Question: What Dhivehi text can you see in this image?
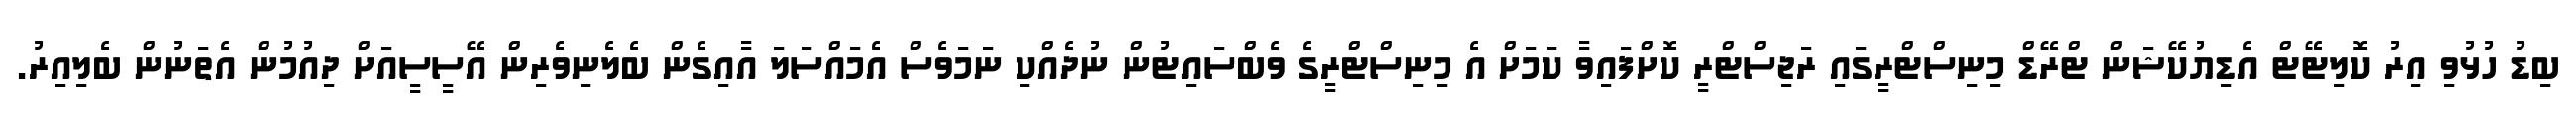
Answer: ބިޑު ހުޅުވި އިރު ކޮލިޓޭޓް އެޑިޔުކޭޝަން ޓްރޭޑް މިނިސްޓްރީގައި ރަޖިސްޓްރީ ކޮށްފައިވާ ކަމަށް އެ މިނިސްޓްރީގެ ވެބްސައިޓުން ނުދެއްކި ނަމަވެސް އެމައްސަލަ އާއިގެން ބެލެނިވެރިން އޭސީސީއަށް ދިއުމުން އެތަނުން ބެލިއިރު.